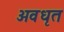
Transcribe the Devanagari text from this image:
अवधृत